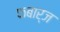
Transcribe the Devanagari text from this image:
फबार्ज